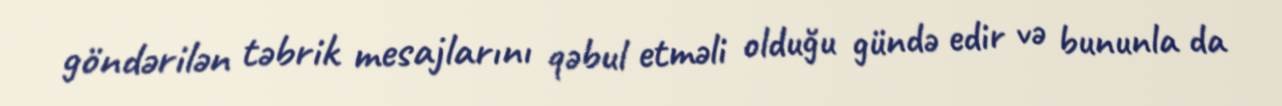
göndərilən təbrik mesajlarını qəbul etməli olduğu gündə edir və bununla da